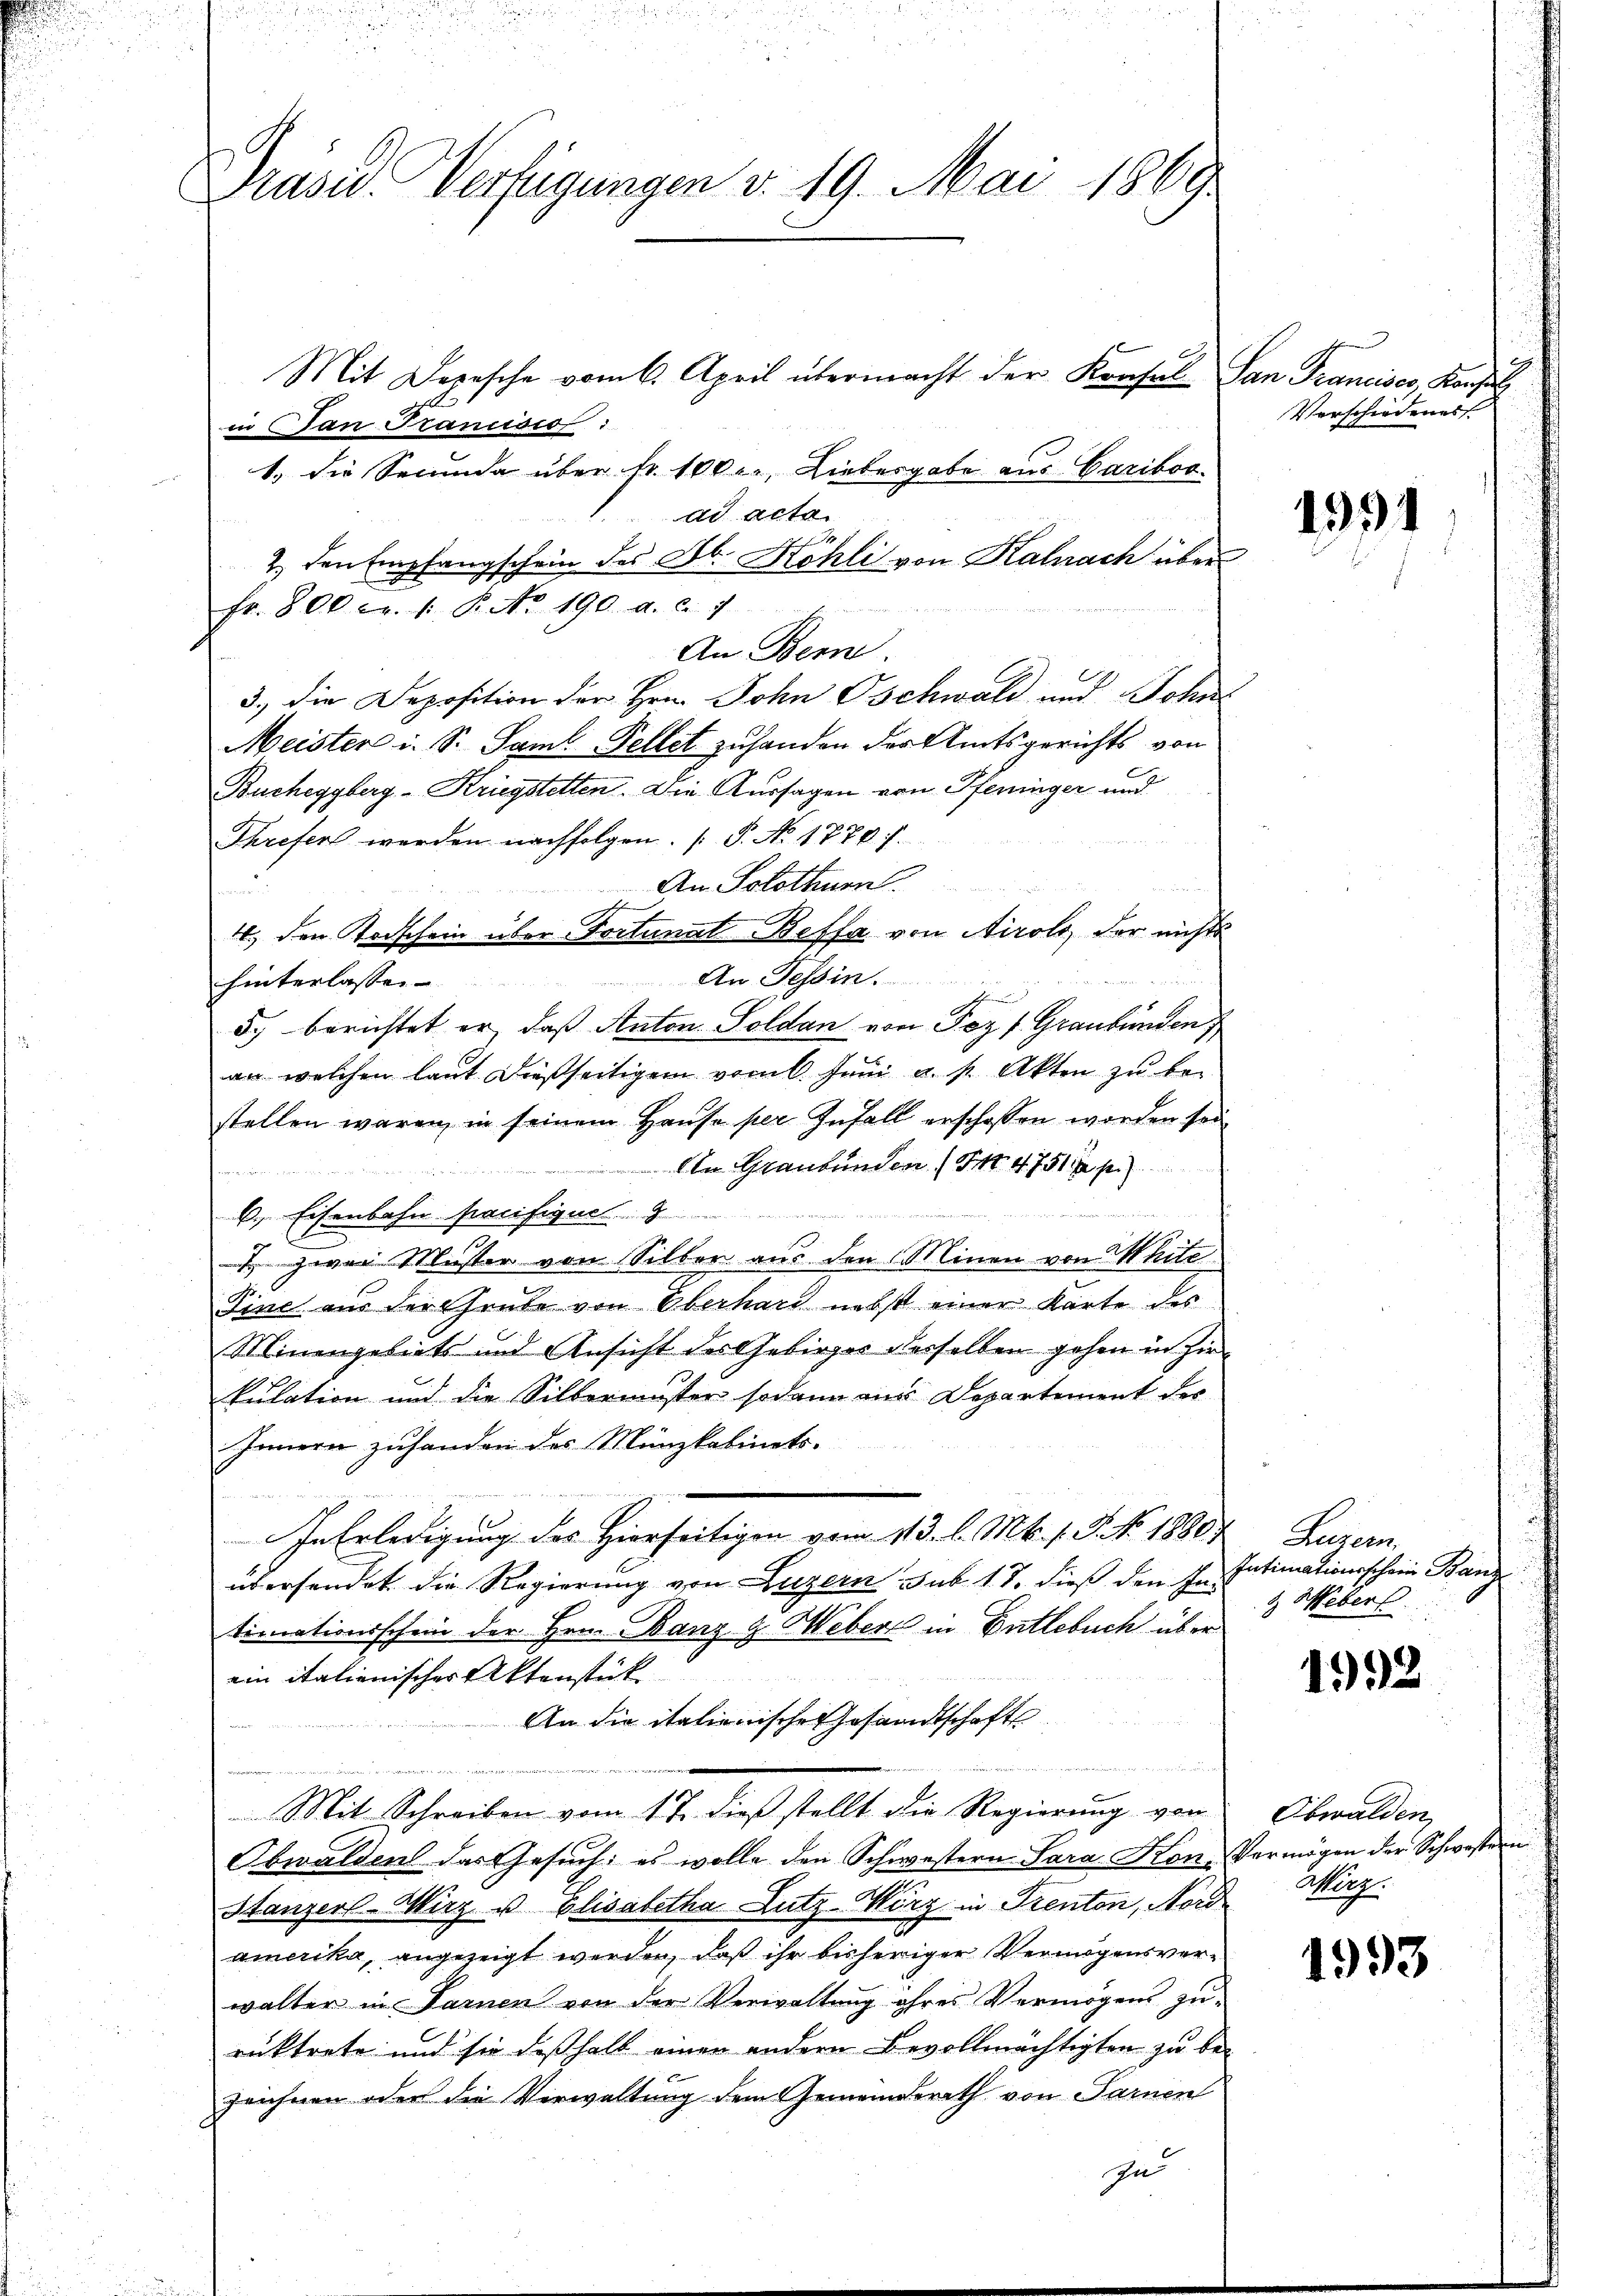
Präsid. Verfügungen v. 19. Mai 1869

Mit Depesche vom 6. April übermacht der Konfel San Francises, Konsul
B
in an Francisio:
1.) Die Secunda über fr. 100 l., Liebesgabe aus Cariboo
dd acta
H
2. den Empfangschein des Ab. Kohli von Kalnach über
An Bern
3.) Die Deposition der Hrn. John Gschwald und John
Meister i. S. Saml Fellet zu handen der Amtsgerichts von
Bucheggberg-Kriegstelten. Die Aussagen von Pfeninger und
Threfert werden nachfolgen. (T. No 1770 f.
An Solothurn
4. den Todschein über Tortunat-Beffa von Airolo, der nichts
An Tessin.
hinterlassen- |
5.) Berichtet er, daß Anton Soldan von Fez u. Graubünden
an welchen laut dießseitigem vom 6. Juni a. p. Akten zu bestellen waren, in seinem Haŭse per Infall erschossen worden sei
An Graubünden (S. 4751 f.)
   den
dus hier wie
2. Eisenbahn pacifique
 zwei Muster von Silber aus den Minen von Mite
15.
Jine aus der Grube von Oberhard nebst einer Karte des
Minengebiets und Ansicht des Gebirges desselben gehen in Zir
kulation und die Silbermuster sodann aus Departement der
Innern zuhanden des Münzkabinets.
In Erledigung des Hierseitigen vom 113. l. Mts. s. Z. No. 1880
übersendet die Regierung von Luzern sub. 17. dieß den In-
timationsschein der Hrn. Banz u. Weber in Entlebuch über
ein italienischer Aktenstück
An die italienische Gesandtschaft
Mit Schreiben vom 17. dieß stellt die Regierung von
Obwalden das Gesuch: es wolle den Schwestern Sara Kon¬
Stanzerl-Wirz u. Elisabetha Lutz-Wirz in Trenton, Nord
amerika, angezeigt werden, daß ihr bisheriger Vermögensverwalter in Farnen von der Verwaltung ihres Vermögens zu-
rücktrete und sie deßhalb einen andern Bevollmächtigten zu be-
Zeichnen oder die Verwaltung dem Gemeinderath von Sarnen

fr. 800 Fr. 1. P. Nr. 190. a. c. 7

In

Verschiedenes

u

1991

Luzern.
Intimationsschein Bang
& Webers

1992

Obwalden
Vermögen der Schwester
Mörz.

1993